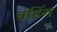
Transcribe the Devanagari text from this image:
बंडिंग